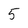
Character: 5